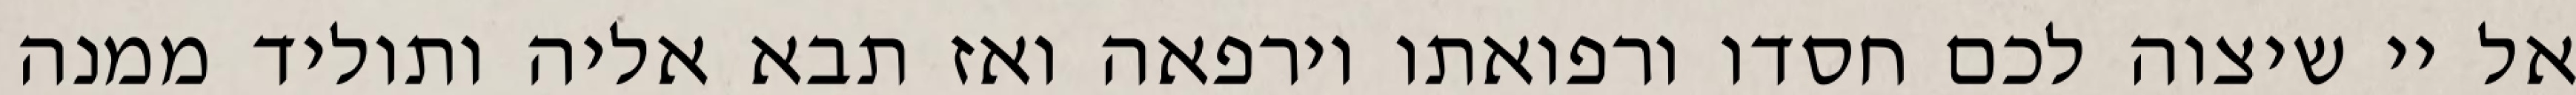
אל יי שיצוה לכם חסדו ורפואתו וירפאה ואז תבא אליה ותוליד ממנה